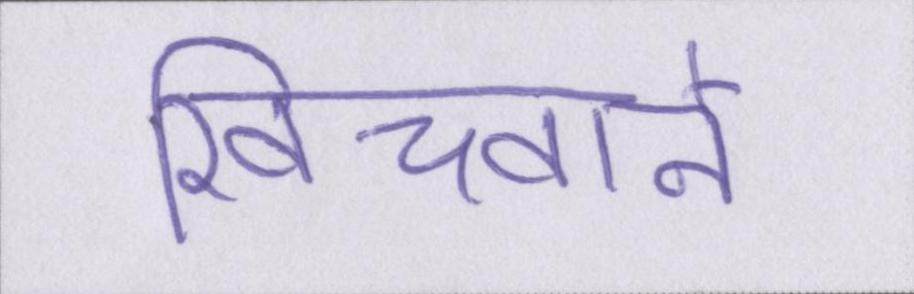
खिंचवाने